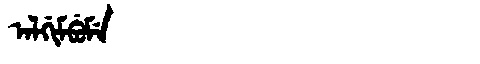
Manchu: ᠠᠯᡤᡳᠮᠪᡠᠮᡝ
Romanization: ALGIMBUME